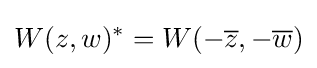
W(z,w)^{*}=W(-{\overline {z}},-{\overline {w}})